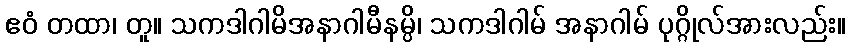
ဧဝံ တထာ၊ တူ။ သကဒါဂါမိအနာဂါမီနမ္ပိ၊ သကဒါဂါမ် အနာဂါမ် ပုဂ္ဂိုလ်အားလည်း။